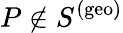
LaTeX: P\notin S^{(\mathrm{geo})}